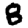
Digit: 8